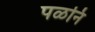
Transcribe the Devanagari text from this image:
पळनि